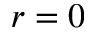
r = 0